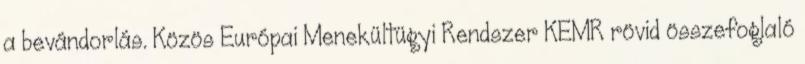
a bevándorlás. Közös Európai Menekültügyi Rendszer KEMR rövid összefoglaló